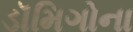
ડૉમિગોના